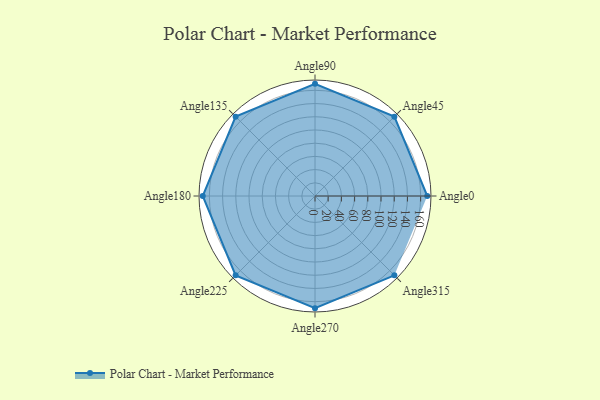
{"axis": {"x": "Angle", "y": "Radius"}, "legend": [""], "data": [{"x": "Angle0", "y": 170, "type": ""}, {"x": "Angle45", "y": 170, "type": ""}, {"x": "Angle90", "y": 170, "type": ""}, {"x": "Angle135", "y": 170, "type": ""}, {"x": "Angle180", "y": 170, "type": ""}, {"x": "Angle225", "y": 170, "type": ""}, {"x": "Angle270", "y": 170, "type": ""}, {"x": "Angle315", "y": 170, "type": ""}]}